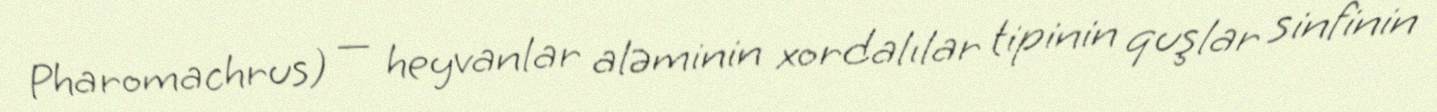
Pharomachrus) — heyvanlar aləminin xordalılar tipinin quşlar sinfinin